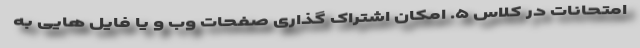
امتحانات در کلاس ۵. امکان اشتراک گذاری صفحات وب و یا فایل هایی به